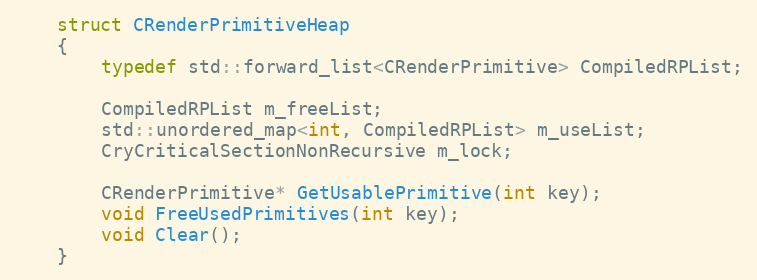
Language: C
	struct CRenderPrimitiveHeap
	{
		typedef std::forward_list<CRenderPrimitive> CompiledRPList;

		CompiledRPList m_freeList;
		std::unordered_map<int, CompiledRPList> m_useList;
		CryCriticalSectionNonRecursive m_lock;

		CRenderPrimitive* GetUsablePrimitive(int key);
		void FreeUsedPrimitives(int key);
		void Clear();
	}